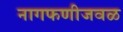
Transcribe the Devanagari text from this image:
नागफणीजवळ